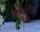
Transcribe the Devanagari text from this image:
हल्लीशा